Standards of the constituents of the urine and blood and the bearing of the metabolism of Bengalis on the problems of nutrition - Number 34
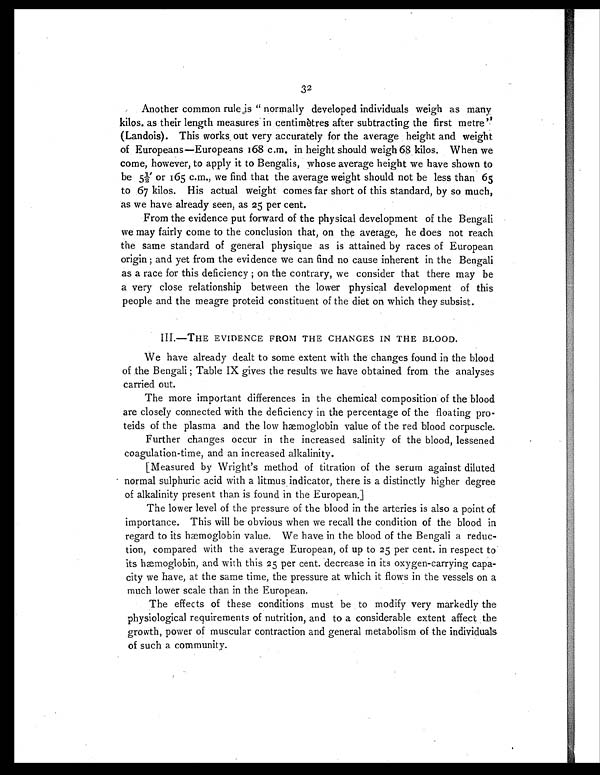
32
Another common rule is "normally developed individuals weigh as many
kilos. as their length measures in centimètres after subtracting the first metre''
(Landois). This works , out very accurately for the average height and weight
of Europeans—Europeans 168 c.m. in height should weigh 68 kilos. When we
come, however, to apply it to Bengalis, whose average height we have shown to
be 5½'o r 1 6 5 c . m . , w e f i n d t h a t t h e a v e r a g e w e i g h t s h o u l d n o t b e l e s s t h a n 6 5
to 67 kilos. His actual weight comes far short of this standard, by so much,
as we have already seen, as 25 per cent.
From the evidence put forward of the physical development of the Bengali
we may fairly come to the conclusion that, on the average, he does not reach
the same standard of general physique as is attained by races of European
origin ; and yet from the evidence we can find no cause inherent in the Bengali
as a race for this deficiency ; on the contrary, we consider that there may be
a very close relationship between the lower physical development of this
people and the meagre proteid constituent of the diet on which they subsist.
III.—THE EVIDENCE FROM THE CHANGES IN THE BLOOD.
We have already dealt to some extent with the changes found in the blood
of the Bengali ; Table IX gives the results we have obtained from the analyses
carried out.
The more important differences in the chemical composition of the blood
are closely connected with the deficiency in the percentage of the floating pro-
teids of the plasma and the low hæmoglobin value of the red blood corpuscle.
Further changes occur in the increased salinity of the blood, lessened
coagulation-time, and an increased alkalinity.
[Measured by Wright's method of titration of the serum against diluted
normal sulphuric acid with a litmus indicator, there is a distinctly higher degree
of alkalinity present than is found in the European.]
The lower level of the pressure of the blood in the arteries is also a point of
importance. This will he obvious when we recall the condition of the blood in
regard to its hæmoglobin value. We have in the blood of the Bengali a reduc-
tion, compared with the average European, of up to 25 per cent. in respect to
its hæmoglobin, and with this 25 per cent. decrease in its oxygen-carrying capa-
city we have, at the same time, the pressure at which it flows in the vessels on a
much lower scale than in the European.
The effects of these conditions must be to modify very markedly the
physiological requirements of nutrition, and to a considerable extent affect the
growth, power of muscular contraction and general metabolism of the individuals
of such a community.